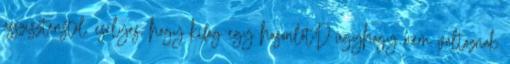
asszisztenstől. esélyes, hogy kifog egy hasonlót:D úgyhogy nem változnak